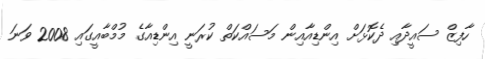
ހާފިޒް ސައީދާއި ދެކޮޅަށް އިންޑިއާއިން މަސައްކަތް ކުރަނީ އިންޑިއާގެ މުމްބާއީގައި 2008 ވަނަ